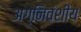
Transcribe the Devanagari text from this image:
अग्निवंशीय